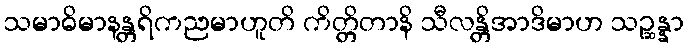
သမာဓိမာနန္တရိကညမာဟူတိ ကိတ္တိတာနိ သီလန္တိအာဒိမာဟ သဉ္ဆန္နာ